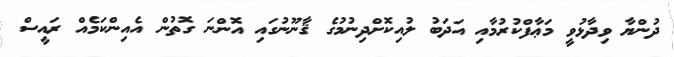
ދުންޔާ ވިދާޅުވީ މަޢާފްކުރުމާއި އަދަބު ލުއިކޮށްދިނުމުގެ ޤާނޫނުގައި އޮންނަ ގޮތުން އެއިންކަމެއް ރައީސް